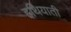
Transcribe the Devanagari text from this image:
हथियाती